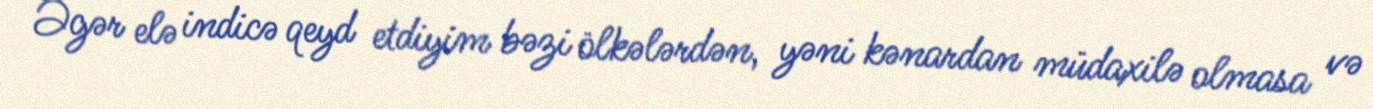
Əgər elə indicə qeyd etdiyim bəzi ölkələrdən, yəni kənardan müdaxilə olmasa və